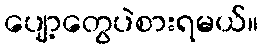
ပျော့တွေပဲစားရမယ်။